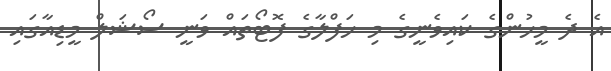
އެ ދެ މީހުންގެ ކައިވެނީގެ މި ހަފްލާގެ ފޮޓޯތައް ވަނީ ސޯޝަލް މީޑިއާގައި